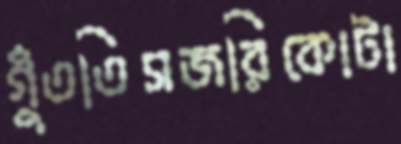
গুঁততিসজরিকোটা